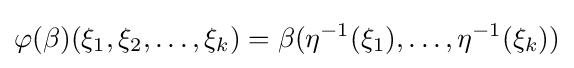
\varphi (\beta )(\xi _{1},\xi _{2},\dots ,\xi _{k})=\beta (\eta ^{-1}(\xi _{1}),\dots ,\eta ^{-1}(\xi _{k}))